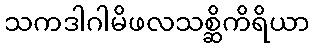
သကဒါဂါမိဖလသစ္ဆိကိရိယာ